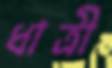
ধাত্রী